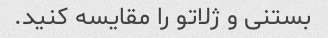
بستنی و ژلاتو را مقایسه کنید.